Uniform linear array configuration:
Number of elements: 64
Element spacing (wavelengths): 1
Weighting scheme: uniform
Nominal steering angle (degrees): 15
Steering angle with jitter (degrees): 13.433
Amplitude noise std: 0.05
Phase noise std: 0.05

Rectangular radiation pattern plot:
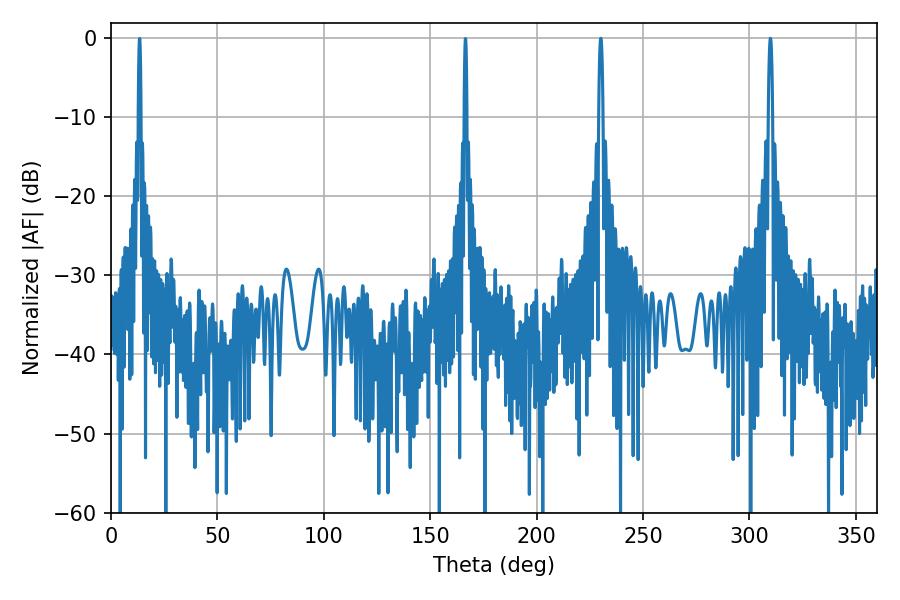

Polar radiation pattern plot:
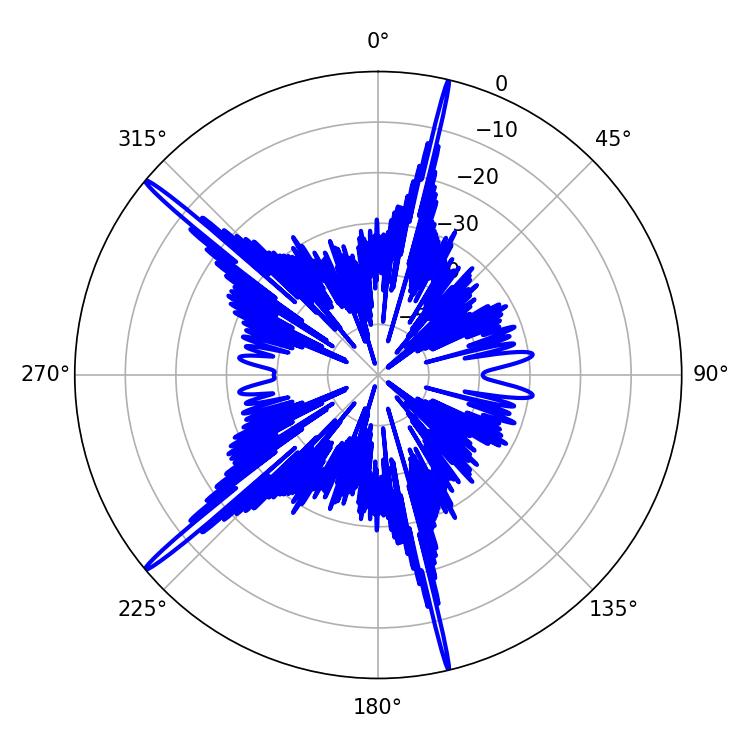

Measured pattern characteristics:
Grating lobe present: TRUE
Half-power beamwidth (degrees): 1.08
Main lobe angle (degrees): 309.78